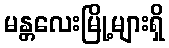
မန္တလေးမြို့များရှိ